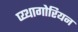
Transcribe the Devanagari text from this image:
प्य्थागोरियन